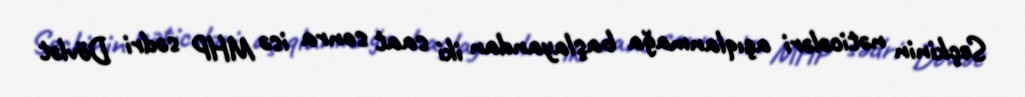
Seçkinin nəticələri açıqlanmağa başlayandan iki saat sonra isə MHP sədri Dövlət